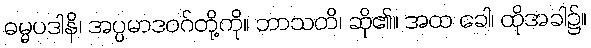
ဓမ္မပဒါနိ၊ အပ္ပမာဒဝဂ်တို့ကို။ ဘာသတိ၊ ဆို၏။ အထ ခေါ၊ ထိုအခါ၌။